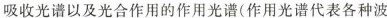
吸收光谱以及光合作用的作用光谱(作用光谱代表各种波